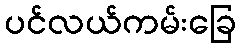
ပင်လယ်ကမ်းခြေ